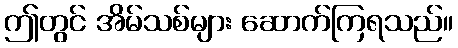
ဤတွင် အိမ်သစ်များ ဆောက်ကြရသည်။